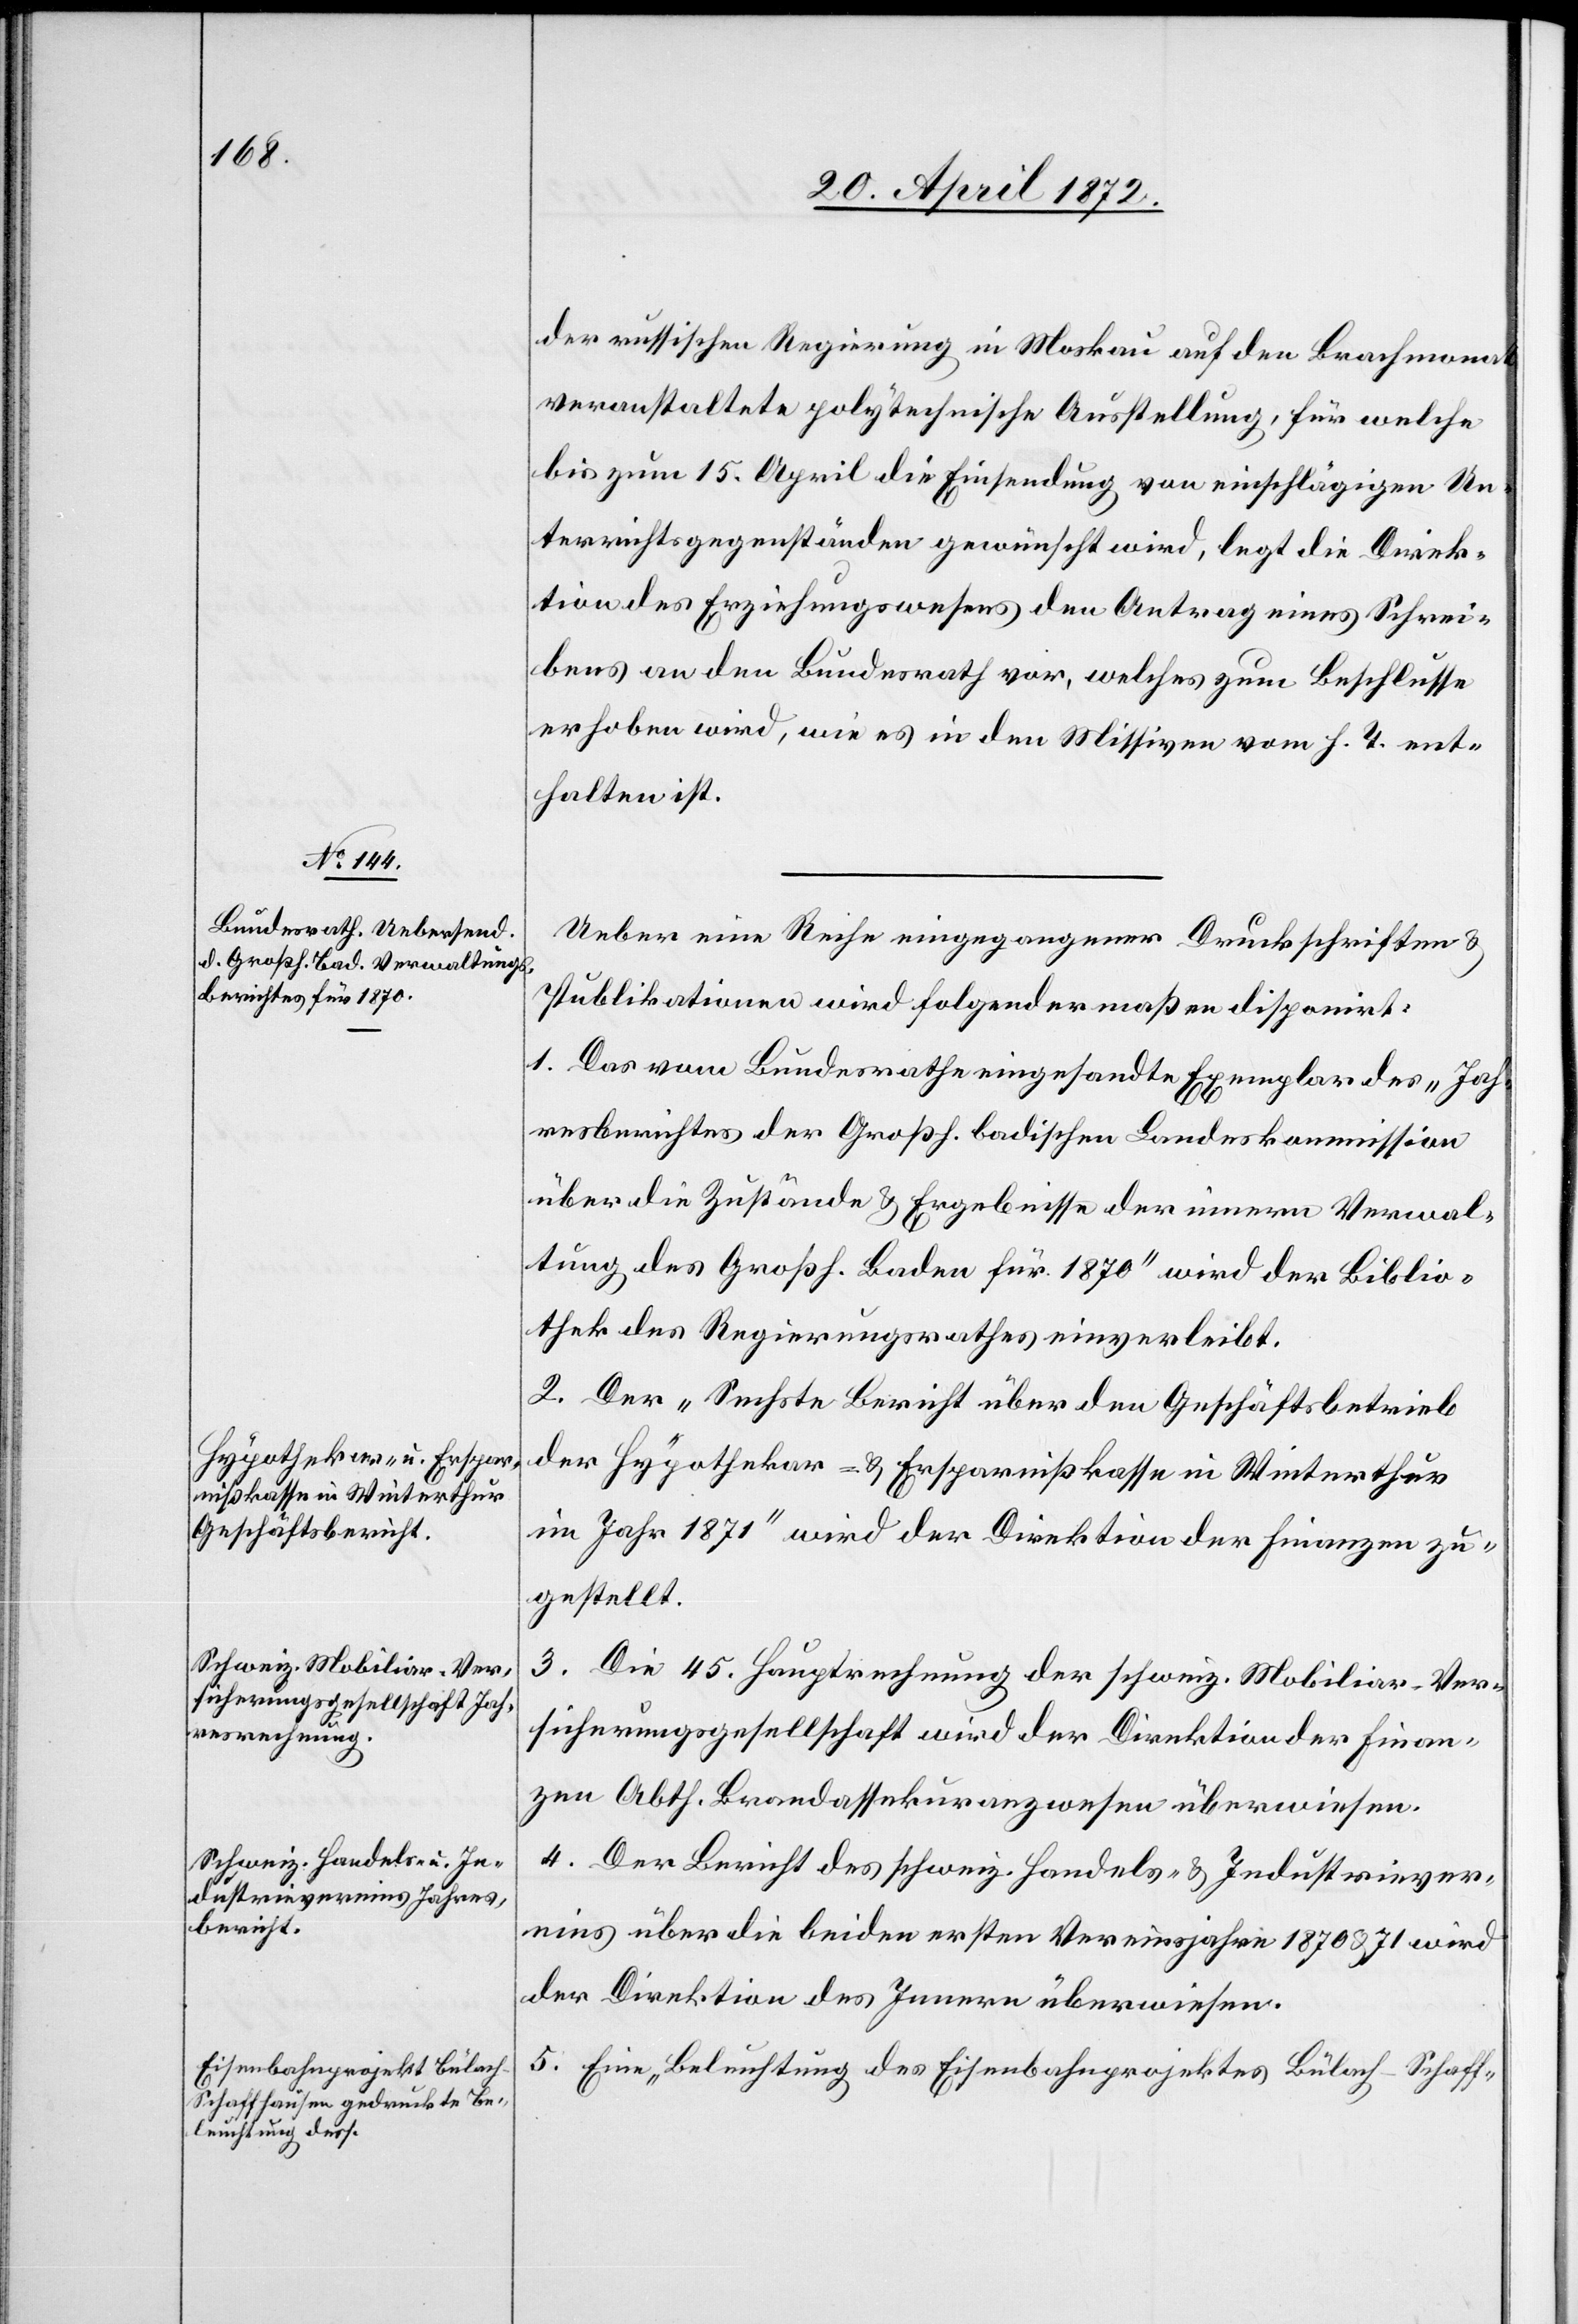
der russischen Regierung in Moskau auf den Brachmonat
veranstaltete polytechnische Ausstellung, für welche
bis zum 15. April die Einsendung von einschlägigen Un¬
terrichtsgegenständen gewünscht wird, legt die Direk¬
tion des Erziehungswesens den Antrag eines Schrei¬
bens an den Bundesrath vor, welches zum Beschlusse
erhoben wird, wie es in den Missiven vom h. T. ent¬
halten ist.
Ueber eine Reihe eingegangener Druckschriften u.
Publikationen wird folgendermaßen disponirt:
1. Das vom Bundesrathe eingesandte Exemplar des „Jah¬
resberichtes der Großh. badischen Landeskommission
über die Zustände u. Ergebnisse der innern Verwal¬
tung des Großh. Baden für 1870“ wird der Biblio¬
thek des Regierungsrathes einverleibt.
2. Der „Sechste Bericht über den Geschäftsbetrieb
der Hypothekar- u. Ersparnißkasse in Winterthur
im Jahr 1871“ wird der Direktion der Finanzen zu¬
gestellt.
3. Die 45. Hauptrechnung der schweiz. Mobiliar-Ver¬
sicherungsgesellschaft wird der Direktion der Finan¬
zen[,] Abth. Brandassekuranzwesen überwiesen.
4. Der Bericht des schweiz. Handels- u. Industriever¬
eins über die beiden ersten Vereinsjahre 1870 u. 71 wird
der Direktion des Innern überwiesen.
5. Eine „Beleuchtung des Eisenbahnprojektes Bülach–Schaff-